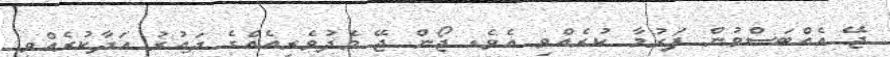
ޖޭ އެއްބަސްވުން ފަރުމާ ކުރެއްވި އެވެ. ޖޯން ޖޭ މެދުވެރިއެއްގެ ދައުރު އަދާކުރެއްވި